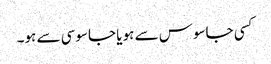
کسی جاسوس سے ہو یا جاسوسی سے ہو۔